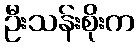
ဦးသန်းစိုးက